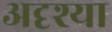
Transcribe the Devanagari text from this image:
अदृश्या